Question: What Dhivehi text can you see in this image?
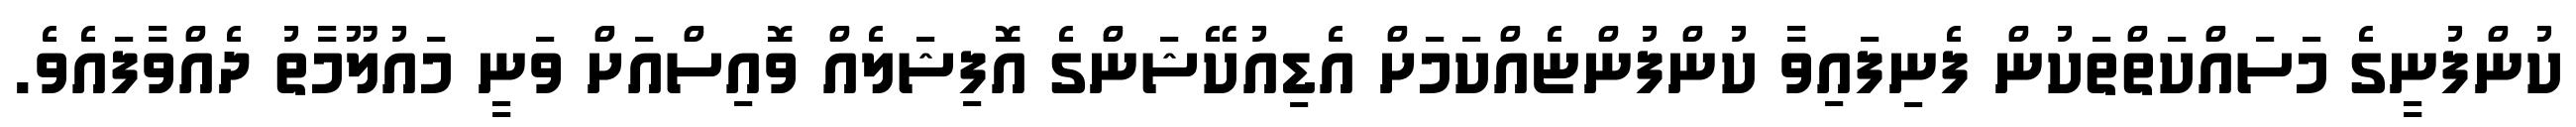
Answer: ކުންފުނީގެ މަސައްކަތްތަކުން ފެނިފައިވާ ކުންފުންޏެއްކަމަށް އެޑިއުކޭޝަންގެ އޮފިޝަލެއް ވޮއިސްއަށް ވަނީ މައުލޫމާތު ދެއްވާފައެވެ.